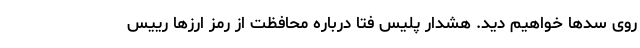
روی سدها خواهیم دید. هشدار پلیس فتا درباره محافظت از رمز ارزها رییس